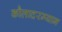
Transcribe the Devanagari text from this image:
कौलादरम्यान